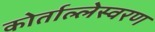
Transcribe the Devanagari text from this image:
कोर्ताल्लेस्वरण